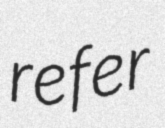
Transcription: refer